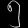
Digit: ၅